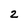
Character: 2